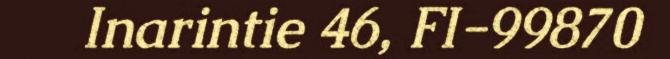
Inarintie 46, FI-99870